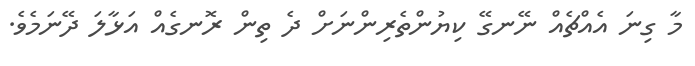
މާ ގިނަ އެއްޗެއް ނޭނގޭ ކިޔުންތެރިންނަށް ދެ ތިން ރޮނގެއް އަޅާލަ ދޭނަމެވެ.